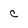
Character: c